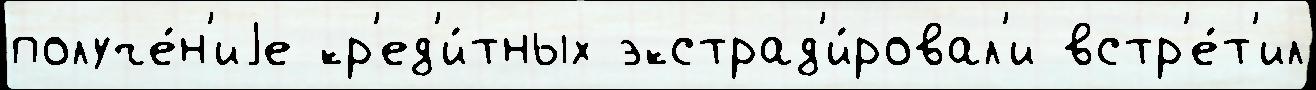
получе́н'иjе кр'ед'и́тных экстрад'и́ровал'и встр'е́т'ил